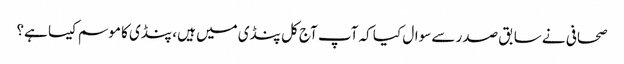
صحافی نے سابق صدر سے سوال کیا کہ آپ آج کل پنڈی میں ہیں، پنڈی کا موسم کیسا ہے؟